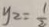
y _ { 2 } = \frac { 1 } { 2 }